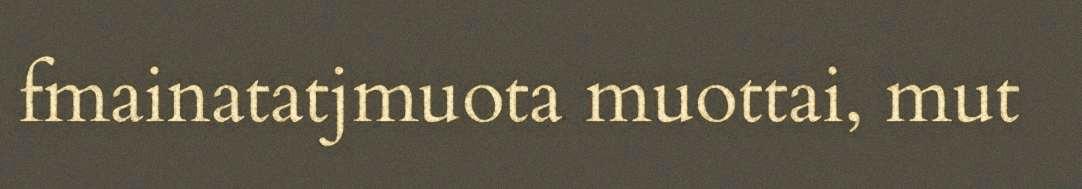
fmainatatjmuota muottai, mut